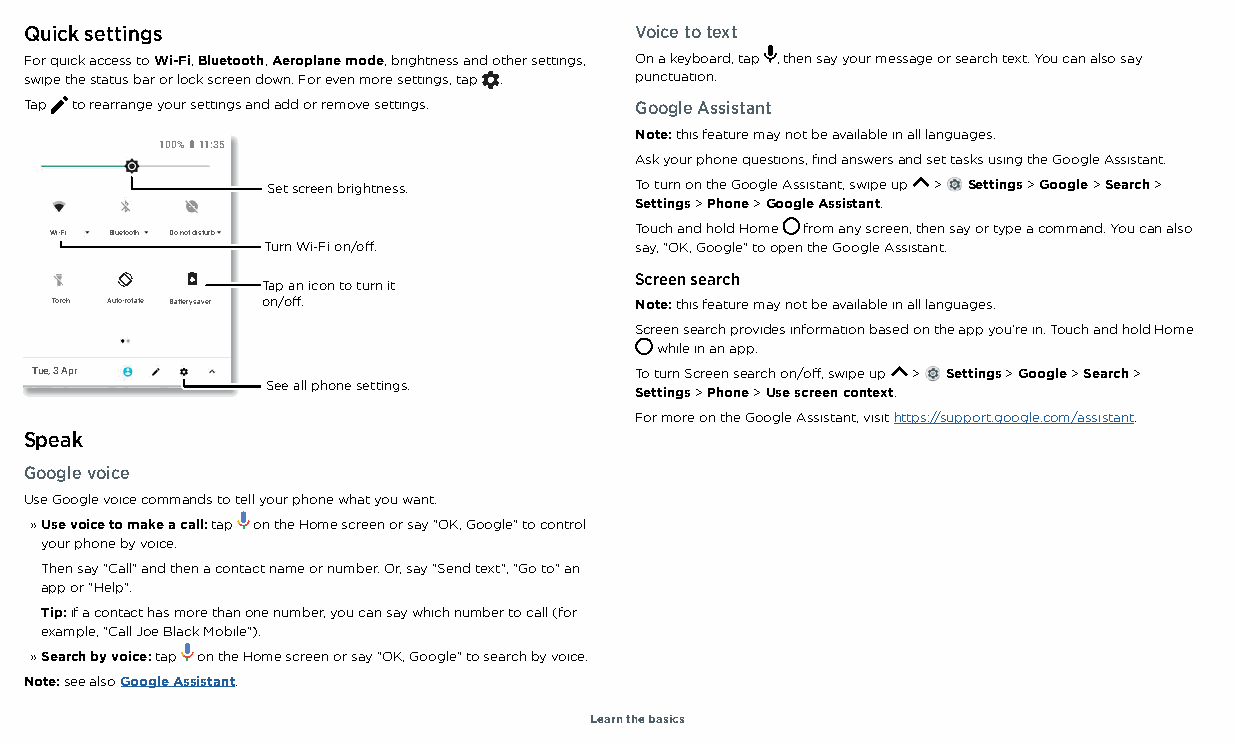
Quick settings                          Voice to text
 For quick access to Wi-Fi, Bluetooth, Aeroplane mode, brightness and other settings, On a keyboard, tap , then say your message or search text. You can also say
 swipe the status bar or lock screen down. For even more settings, tap . punctuation.
 Tap to rearrange your settings and add or remove settings. Google Assistant
 Note: this feature may not be available in all languages.
 100% 11:35
 Ask your phone questions, find answers and set tasks using the Google Assistant.
 Set screen brightness.  To turn on the Google Assistant, swipe up > Settings > Google > Search >
 Settings > Phone > Google Assistant.
 Touch and hold Home from any screen, then say or type a command. You can also
 Wi-Fi Bluetooth Do not disturb
 Turn Wi-Fi on/off.       say, "OK, Google" to open the Google Assistant.
 Screen search
 Tap an icon to turn it
 Torch Auto-rotate Battery saver on/off. Note: this feature may not be available in all languages.
 Screen search provides information based on the app you're in. Touch and hold Home
 while in an app.
 Tue, 3 Apr                              To turn Screen search on/off, swipe up > Settings > Google > Search >
 See all phone settings.
 Settings > Phone > Use screen context.
 Quick Settings screen that shows options, such as Wi-Fi, Bluetooth, Aeroplane mode, Location and more. Customisable. For more on the Google Assistant, visit https://support.google.com/assistant.
 Speak
 Google voice
 Use Google voice commands to tell your phone what you want.
 » Use voice to make a call: tap on the Home screen or say "OK, Google" to control
 your phone by voice.
 Then say "Call" and then a contact name or number. Or, say "Send text", "Go to" an
 app or "Help".
 Tip: if a contact has more than one number, you can say which number to call (for
 example, "Call Joe Black Mobile").
 » Search by voice: tap on the Home screen or say "OK, Google" to search by voice.
 Note: see also Google Assistant.
 Learn the basics